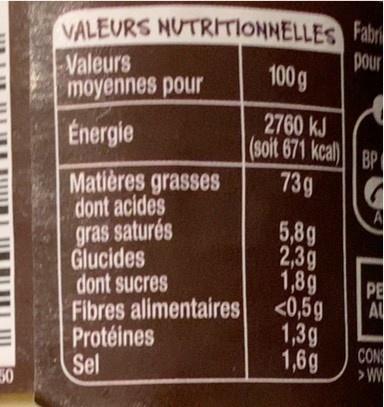
50
VALEURS NUTRITIONNELLES Fabri
pour
Valeurs moyennes pour
Energie
Matières grasses
dont acides
gras saturés
Glucides dont sucres
Fibres alimentaires
Protéines
Sel
100 g
2760 kJ (soit 671 kcal)
73g
5,8g
2,3g
1,8g
<0,5g
1,3g
1,6g
BP
G
PE
AL
CON >WW